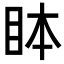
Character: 𬑊